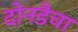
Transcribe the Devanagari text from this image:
दोनडैचा